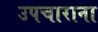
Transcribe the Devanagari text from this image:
उपचाराना